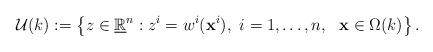
LaTeX: \begin{align*}\mathcal{U}(k):=\left\{z \in \underline{\mathbb{R}}^n : z^i=w^i(\mathbf{x}^i),\ i=1,\ldots,n,\ \ \mathbf{x} \in \Omega(k)\right\}.\end{align*}